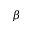
\beta